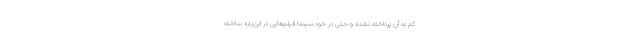
کم به آن پرداخته نشده و حتی در خود سینما فیلم‌هایی در این‌باره ساخته